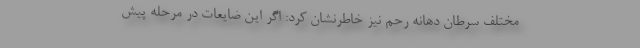
مختلف سرطان دهانه رحم نیز خاطرنشان کرد: اگر این ضایعات در مرحله پیش